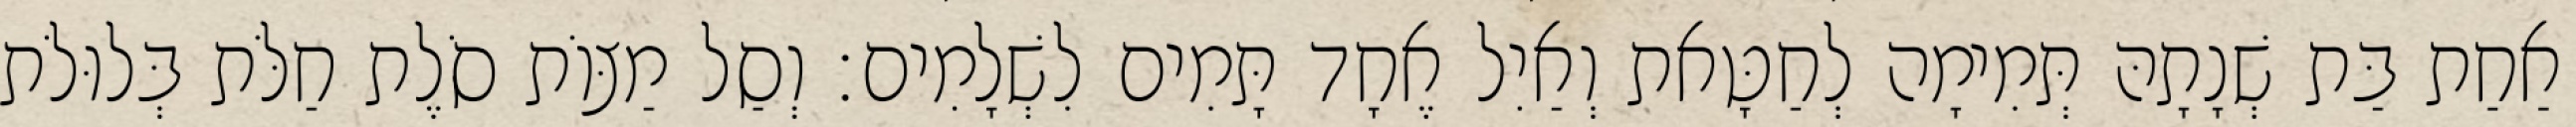
אַחַת בַּת שְׁנָתָהּ תְּמִימָה לְחַטָּאת וְאַיִל אֶחָד תָּמִים לִשְׁלָמִים׃ וְסַל מַצּוֹת סֹלֶת חַלֹּת בְּלוּלֹת